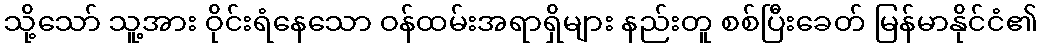
သို့သော် သူ့အား ဝိုင်းရံနေသော ဝန်ထမ်းအရာရှိများ နည်းတူ စစ်ပြီးခေတ် မြန်မာနိုင်ငံ၏